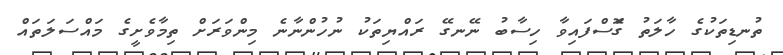
ތުނޑިތަކުގެ ހާލަތު ގޮަސްފައިވާ ހިސާބު ނޭނގޭ ރައްޔިތަކު ނުހުންނާނެ މިންވަރަށް ތިމާވެެށީގެ މައްސަލަތައް